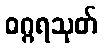
ဝဂ္ဂရသုတ်